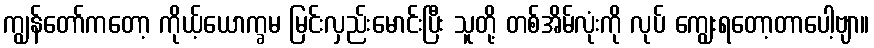
ကျွန်တော်ကတော့ ကိုယ့်ယောက္ခမ မြင်းလှည်းမောင်းပြီး သူတို့ တစ်အိမ်လုံးကို လုပ် ကျွေးရတော့တာပေါ့ဗျာ။